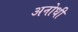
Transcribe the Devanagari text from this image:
अनोधी